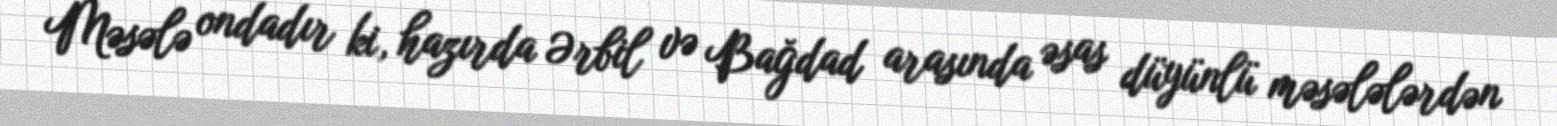
Məsələ ondadır ki, hazırda Ərbil və Bağdad arasında əsas düyünlü məsələlərdən